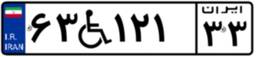
۶۳W۱۲۱۳۳